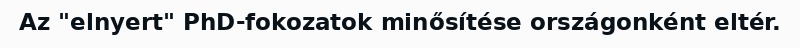
Az "elnyert" PhD-fokozatok minősítése országonként eltér.